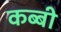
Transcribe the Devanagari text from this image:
कब्बी